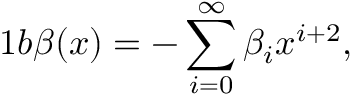
1 b \beta ( x ) = - \sum _ { i = 0 } ^ { \infty } \beta _ { i } x ^ { i + 2 } ,